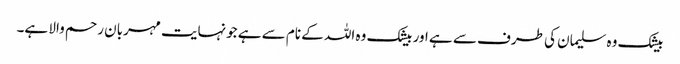
بیشک وہ سلیمان کی طرف سے ہے اور بیشک وہ اللہ کے نام سے ہے جونہایت مہربان رحم والا ہے۔